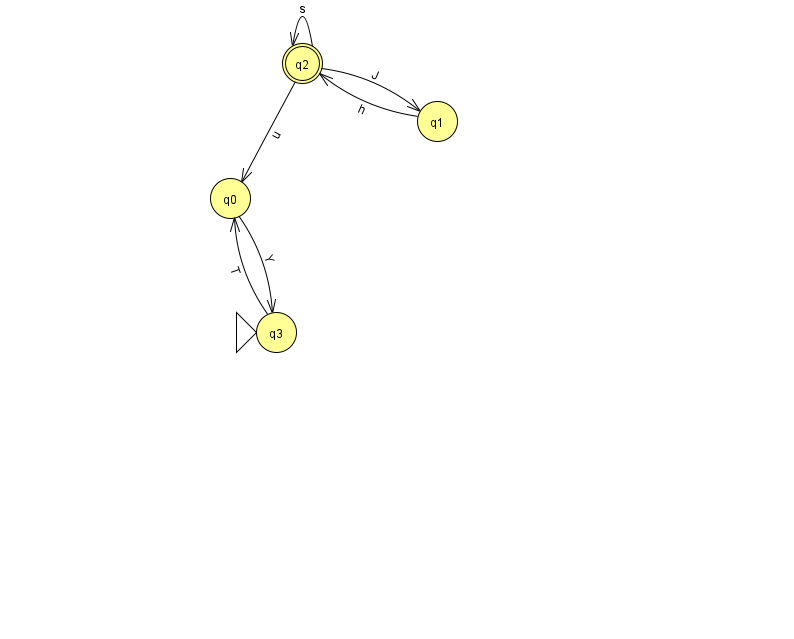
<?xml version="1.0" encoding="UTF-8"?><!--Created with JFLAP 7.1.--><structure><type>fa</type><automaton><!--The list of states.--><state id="0" name="q0"><x>230.0</x><y>185.0</y></state><state id="1" name="q1"><x>437.0</x><y>108.0</y></state><state id="2" name="q2"><x>302.0</x><y>50.0</y><final/></state><state id="3" name="q3"><x>276.0</x><y>319.0</y><initial/></state><!--The list of transitions.--><transition><from>1</from><to>2</to><read>h</read></transition><transition><from>2</from><to>1</to><read>J</read></transition><transition><from>2</from><to>2</to><read>s</read></transition><transition><from>0</from><to>3</to><read>Y</read></transition><transition><from>3</from><to>0</to><read>T</read></transition><transition><from>2</from><to>0</to><read>u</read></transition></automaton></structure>